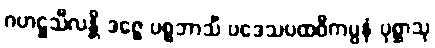
ဂဟဋ္ဌသီလန္တိ ဒဇ္ဇေ ပစ္စဘာသိံ ပဒေသပထဝီကမ္ပနံ ပုစ္ဆာသု